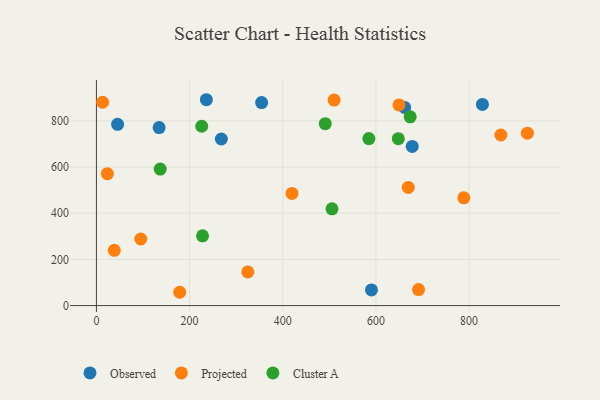
{"axis": {"x": "Investment", "y": "Demand"}, "legend": ["Cluster A", "Observed", "Projected"], "data": [{"x": "45.4", "y": 784.7, "type": "Observed"}, {"x": "134.6", "y": 770.9, "type": "Observed"}, {"x": "828.7", "y": 871.1, "type": "Observed"}, {"x": "236.0", "y": 891.4, "type": "Observed"}, {"x": "661.6", "y": 858.1, "type": "Observed"}, {"x": "268.2", "y": 721.4, "type": "Observed"}, {"x": "678.0", "y": 689.1, "type": "Observed"}, {"x": "590.5", "y": 67.8, "type": "Observed"}, {"x": "354.7", "y": 879.0, "type": "Observed"}, {"x": "13.3", "y": 880.4, "type": "Projected"}, {"x": "925.2", "y": 746.7, "type": "Projected"}, {"x": "325.0", "y": 145.9, "type": "Projected"}, {"x": "669.5", "y": 511.5, "type": "Projected"}, {"x": "38.3", "y": 239.3, "type": "Projected"}, {"x": "419.8", "y": 485.7, "type": "Projected"}, {"x": "23.5", "y": 571.1, "type": "Projected"}, {"x": "691.6", "y": 69.5, "type": "Projected"}, {"x": "788.7", "y": 466.8, "type": "Projected"}, {"x": "510.3", "y": 889.8, "type": "Projected"}, {"x": "178.8", "y": 57.6, "type": "Projected"}, {"x": "649.6", "y": 868.7, "type": "Projected"}, {"x": "95.2", "y": 288.3, "type": "Projected"}, {"x": "868.3", "y": 738.7, "type": "Projected"}, {"x": "227.8", "y": 302.1, "type": "Cluster A"}, {"x": "491.3", "y": 787.5, "type": "Cluster A"}, {"x": "584.9", "y": 723.0, "type": "Cluster A"}, {"x": "673.6", "y": 817.2, "type": "Cluster A"}, {"x": "136.9", "y": 591.2, "type": "Cluster A"}, {"x": "648.1", "y": 722.6, "type": "Cluster A"}, {"x": "505.7", "y": 419.1, "type": "Cluster A"}, {"x": "226.1", "y": 776.5, "type": "Cluster A"}]}